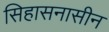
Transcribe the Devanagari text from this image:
सिहासनासीन